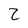
Character: 2